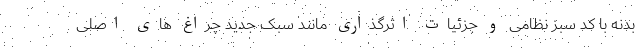
بدنه با کد سبز نظامی و جزئیات اثرگذاری مانند سبک جدید چراغ های اصلی